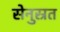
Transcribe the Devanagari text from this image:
सेनुस्रत